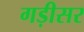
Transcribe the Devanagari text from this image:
गड़ीसर